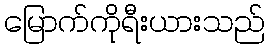
မြောက်ကိုရီးယားသည်